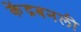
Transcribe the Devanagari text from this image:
केंद्रबनली